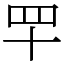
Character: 𦉴